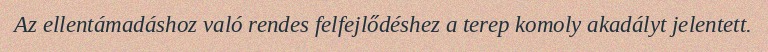
Az ellentámadáshoz való rendes felfejlődéshez a terep komoly akadályt jelentett.